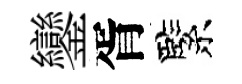
鑾胥緊